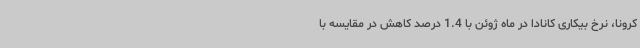
کرونا، نرخ بیکاری کانادا در ماه ژوئن با 1.4 درصد کاهش در مقایسه با